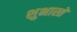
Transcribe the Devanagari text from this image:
शुभास्ते